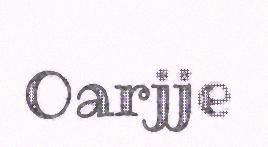
Oarjje